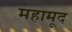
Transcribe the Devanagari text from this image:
महामूद